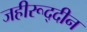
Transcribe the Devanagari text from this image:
जहीरूद्दीन